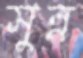
সুন্ন